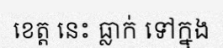
ខេត្ត នេះ ធ្លាក់ ទៅក្នុង